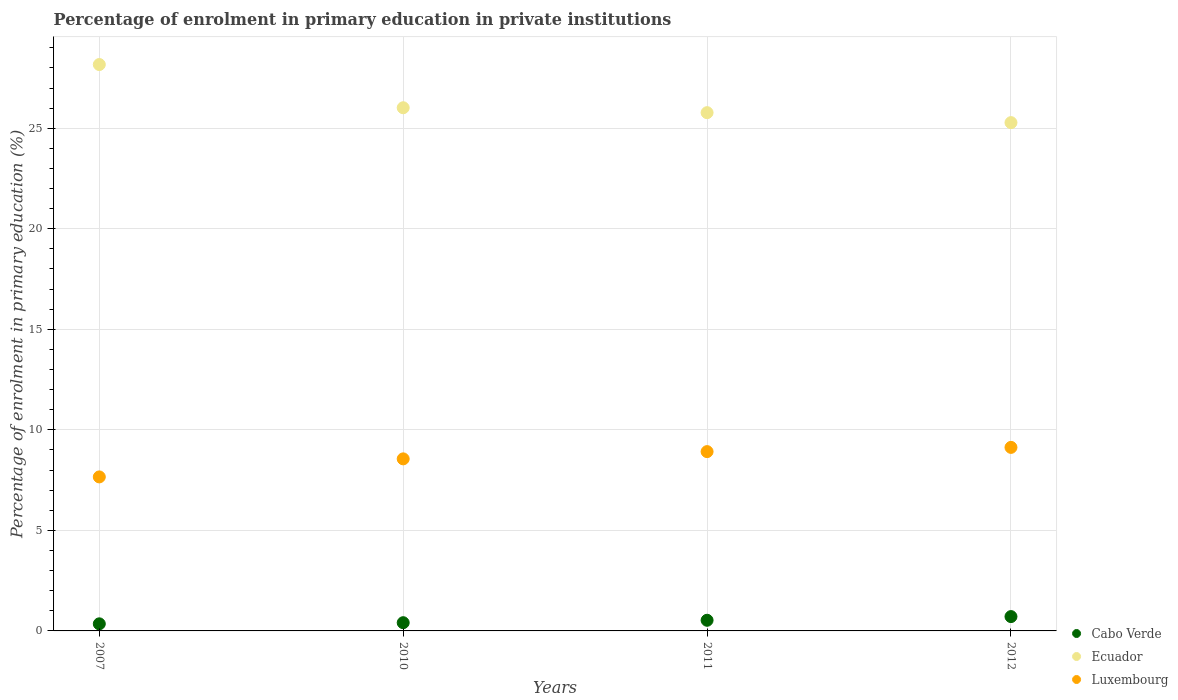
| Years | Cabo Verde | Ecuador | Luxembourg |
 | --- | --- | --- | --- |
 | 2007 | 0.353 | 28.2 | 7.66 |
 | 2010 | 0.409 | 26 | 8.56 |
 | 2011 | 0.53 | 25.8 | 8.92 |
 | 2012 | 0.713 | 25.3 | 9.13 |